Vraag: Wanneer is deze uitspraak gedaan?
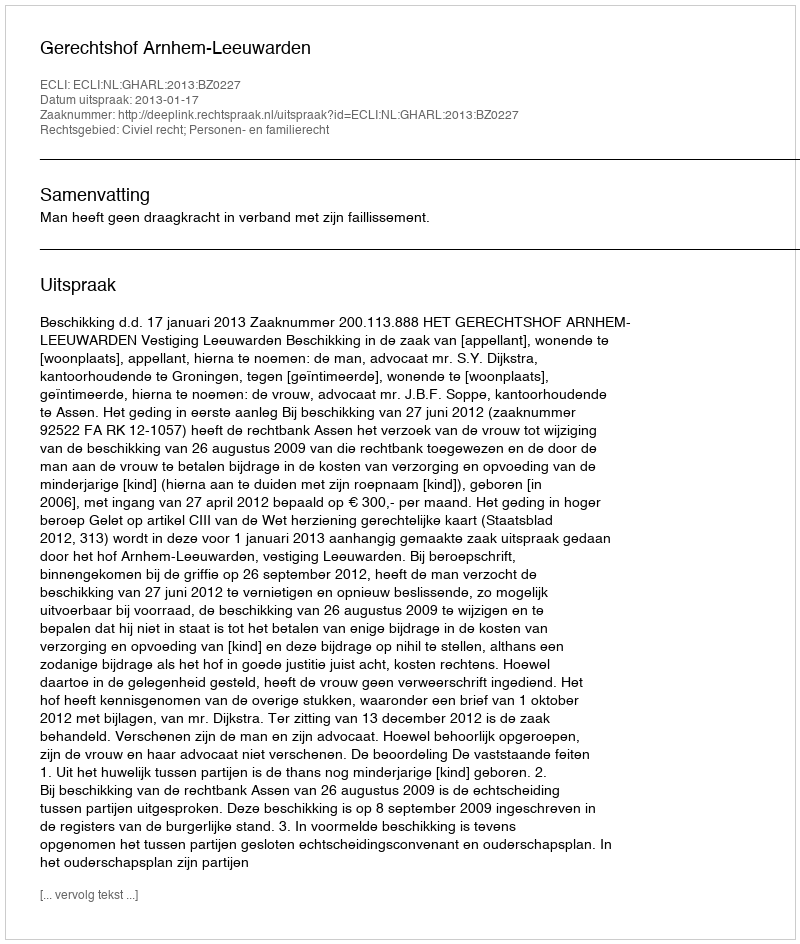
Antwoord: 2013-01-17